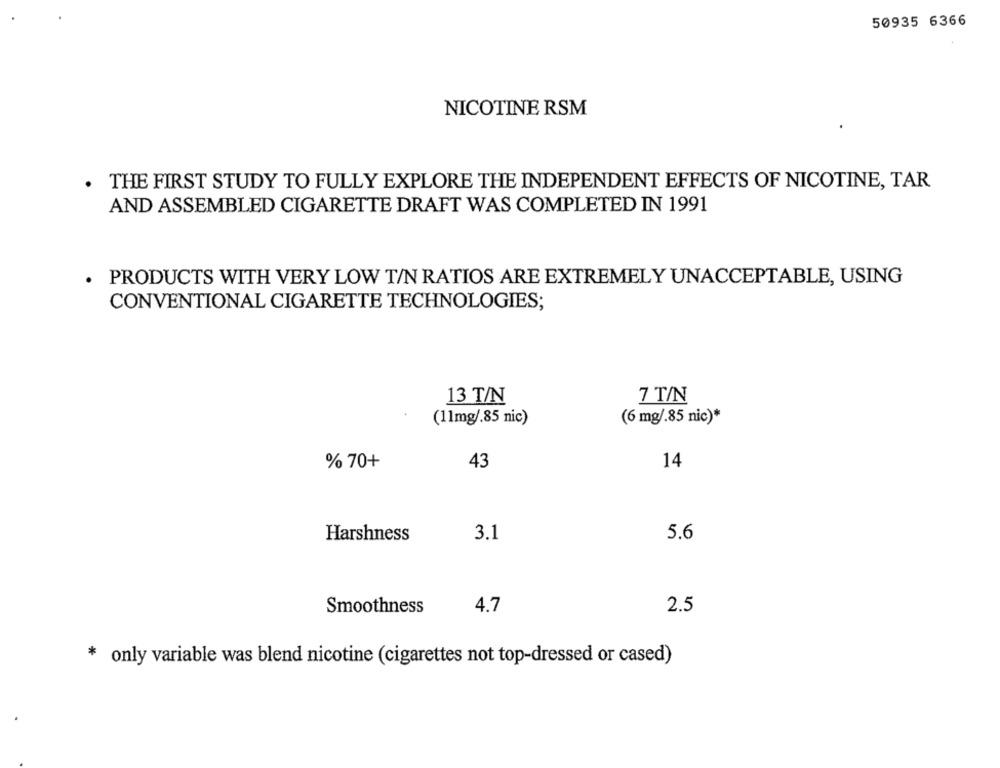
50935 6366
NICOTINE RSM
. THE FIRST STUDY TO FULLY EXPLORE THE INDEPENDENT EFFECTS OF NICOTINE, TAR
AND ASSEMBLED CIGARETTE DRAFT WAS COMPLETED IN 1991
. PRODUCTS WITH VERY LOW T/N RATIOS ARE EXTREMELY UNACCEPTABLE, USING
CONVENTIONAL CIGARETTE TECHNOLOGIES;
13 T/N
7 T/N
(11mg/.85 nic)
(6 mg/.85 nic)*
% 70+
43
14
Harshness
3.1
5.6
Smoothness
4.7
2.5
* only variable was blend nicotine (cigarettes not top-dressed or cased)